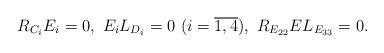
LaTeX: \begin{align*}R_{C_{i}}E_{i}=0,\ E_{i}L_{D_{i}}=0\ (i=\overline{1,4}),\ R_{E_{22}}EL_{E_{33}}=0.\end{align*}